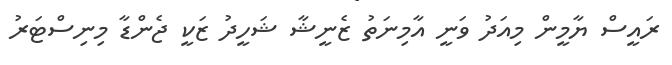
ރައީސް ޔާމީން މިއަދު ވަނީ އާމިނަތު ޒެނީޝާ ޝަހީދު ޒަކީ ޖެންޑާ މިނިސްޓަރު